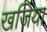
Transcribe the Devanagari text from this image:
खजिया